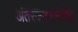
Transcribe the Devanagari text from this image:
अंतरजनगणनीय